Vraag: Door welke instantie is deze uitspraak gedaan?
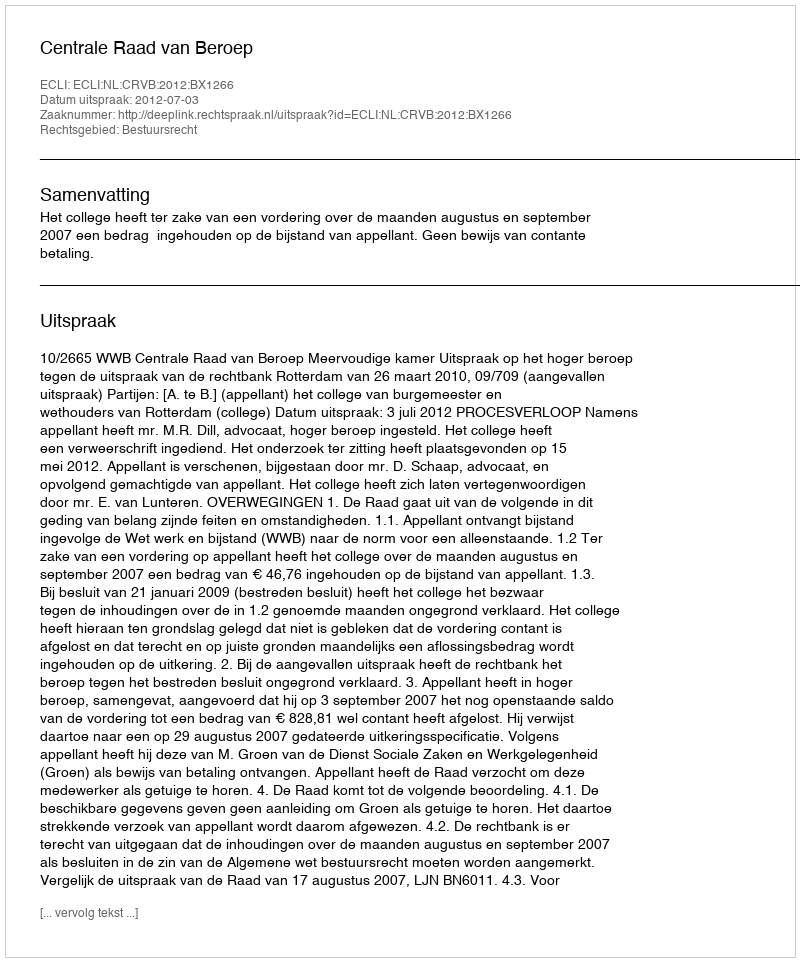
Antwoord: Centrale Raad van Beroep